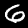
Digit: 6